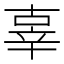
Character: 辜